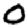
Digit: 0